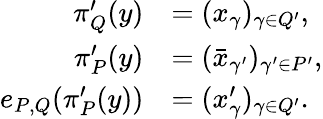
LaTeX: \begin{array}{rl}{\pi_{Q}^{\prime}(y)}&{=(x_{\gamma})_{\gamma\in Q^{\prime}},}\\ {\pi_{P}^{\prime}(y)}&{=(\bar{x}_{\gamma^{\prime}})_{\gamma^{\prime}\in P^{\prime}},}\\ {e_{P,Q}(\pi_{P}^{\prime}(y))}&{=(x_{\gamma}^{\prime})_{\gamma\in Q^{\prime}}.}\end{array}